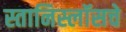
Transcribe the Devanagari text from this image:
स्तानिस्लॉसचे